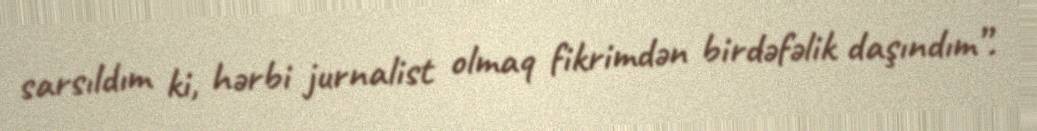
sarsıldım ki, hərbi jurnalist olmaq fikrimdən birdəfəlik daşındım”.